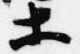
等